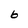
Character: 6